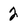
Character: 2